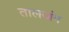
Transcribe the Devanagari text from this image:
तालजंग